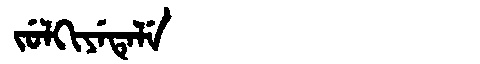
Manchu: ᠵᡠᠯᡴᡳᠶᡝᡨᡝᠯᡝ
Romanization: JULKIYETELE